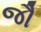
જૌ